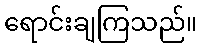
ရောင်းချကြသည်။